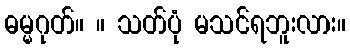
ဓမ္မဂုတ်။ ။ သတ်ပုံ မသင်ရဘူးလား။